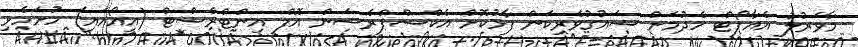
މާވަރުލު އެއާޕޯޓް ހެދުމަށް ޝައުގުވެރިކަން ފާޅުކޮށް އެކްސްޕްރެޝަން އޮފް އިންޓްރެސްޓް (އީއޯއައި) ހުށަހެޅި